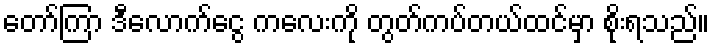
တော်ကြာ ဒီလောက်ငွေ ကလေးကို တွတ်ကပ်တယ်ထင်မှာ စိုးရသည်။